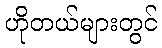
ဟိုတယ်များတွင်